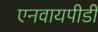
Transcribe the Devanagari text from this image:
एनवायपीडी